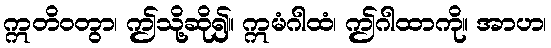
ဣတိဝတွာ၊ ဤသို့ဆို၍။ ဣမံဂါထံ၊ ဤဂါထာကို။ အာဟ၊